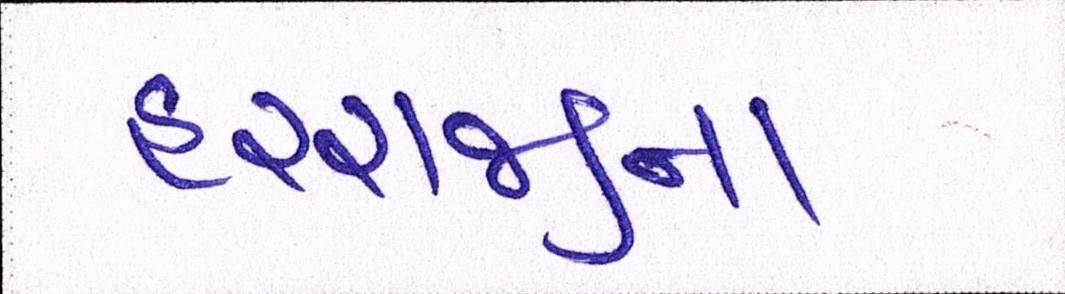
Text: હરરાજીના